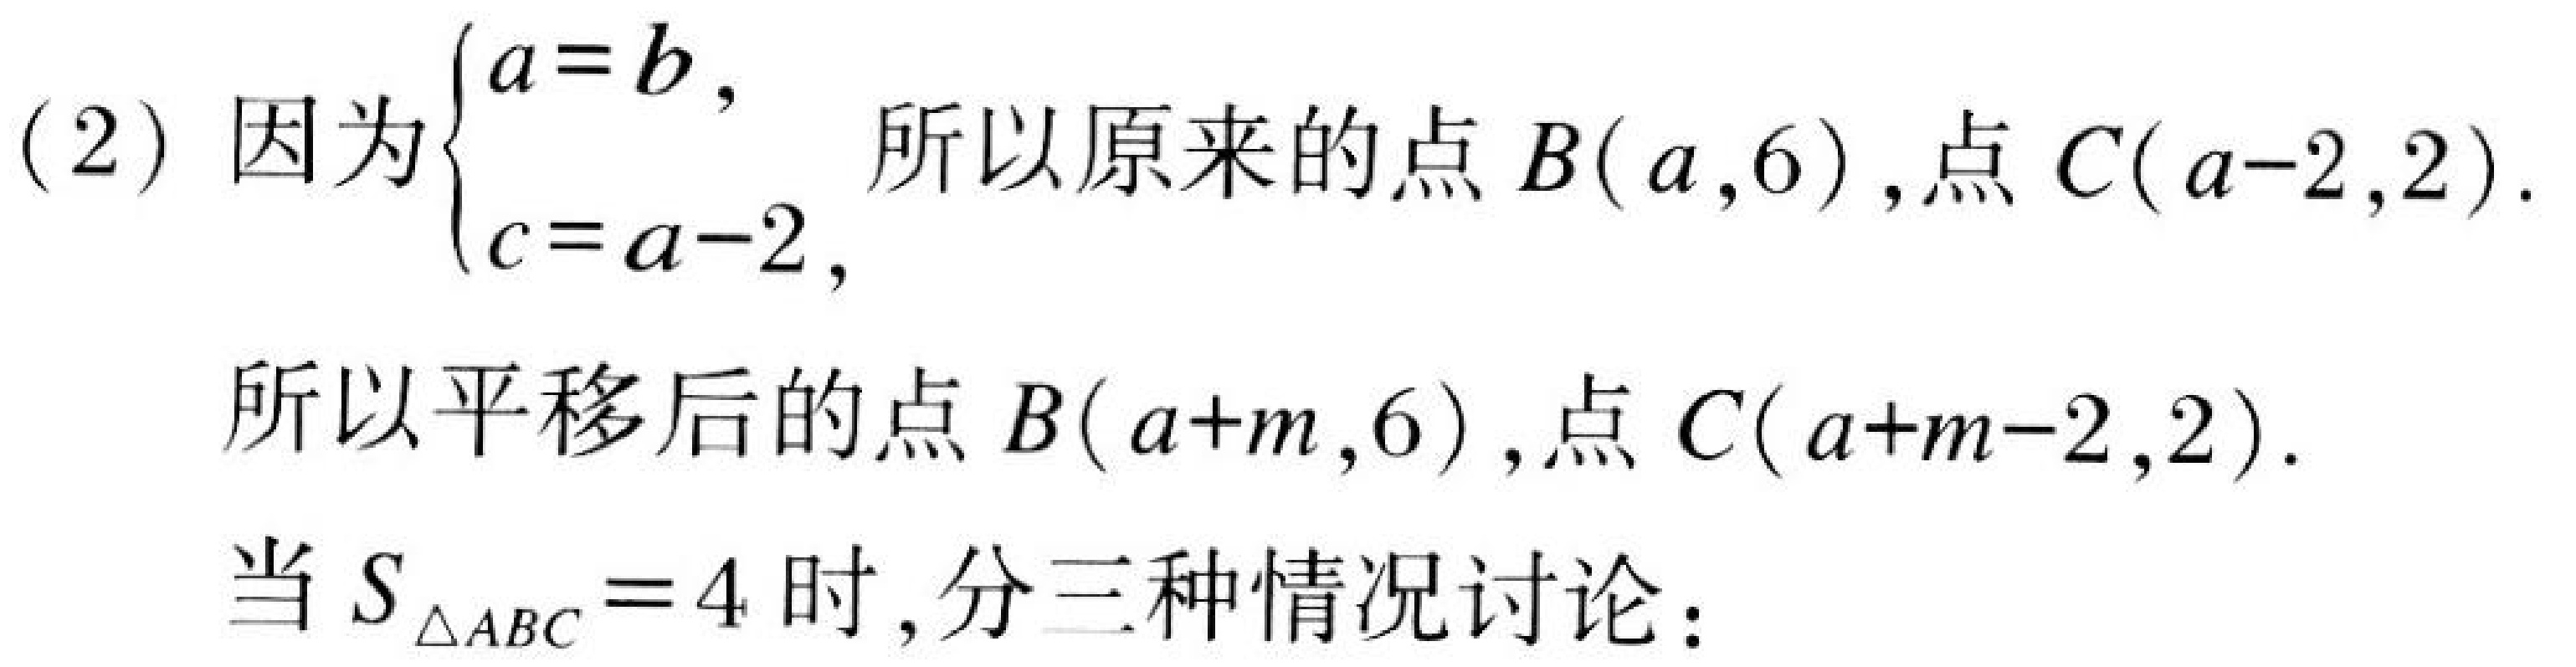
(2) 因为\(\begin{cases}a = b,\\c = a - 2,\end{cases}\) 所以原来的点 \(B(a,6)\),点 \(C(a - 2,2)\).
所以平移后的点 \(B(a + m,6)\),点 \(C(a + m - 2,2)\).
当 \(S_{\triangle ABC}=4\) 时,分三种情况讨论：